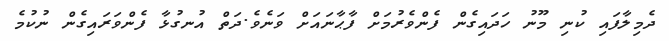
ދެމިލާފައި ކުނި މޫނު ހަދައިގެން ފެންވެރުމަށް ފާޙާނައަށް ވަނެވެ.ދަތް އުނގުޅާ ފެންވަރައިގެން ނުކުމެ